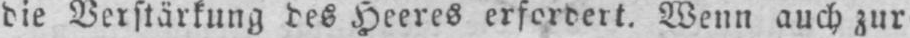
die Verstärkung des Heeres erfordert. Wenn auch zur